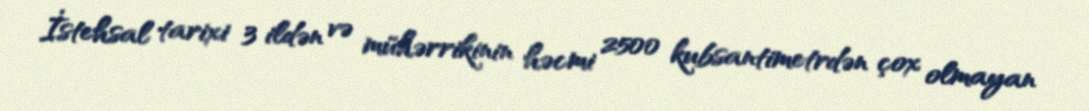
İstehsal tarixi 3 ildən və mühərrikinin həcmi 2500 kubsantimetrdən çox olmayan